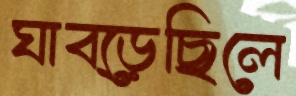
ঘাব্‌ড়েছিলে